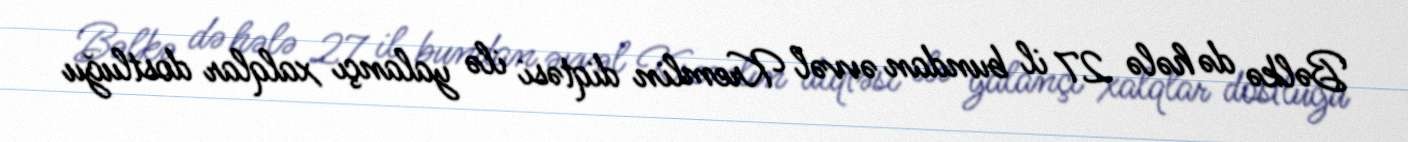
Bəlkə də hələ 27 il bundan əvvəl Kremlin diqtəsi ilə yalançı xalqlar dostluğu